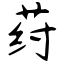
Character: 荮